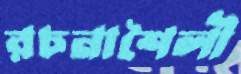
রচনাশৈলী